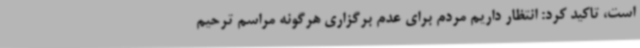
است، تاکید کرد: انتظار داریم مردم برای عدم برگزاری هرگونه مراسم ترحیم